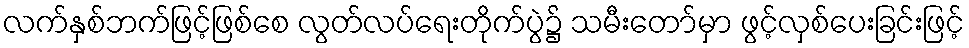
လက်နှစ်ဘက်ဖြင့်ဖြစ်စေ လွတ်လပ်ရေးတိုက်ပွဲ၌ သမီးတော်မှာ ဖွင့်လှစ်ပေးခြင်းဖြင့်